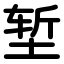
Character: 堑